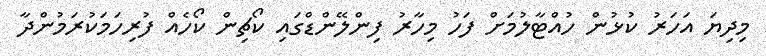
މިދިޔަ އަހަރު ކުޅުން ހުއްޓާލުމަށް ފަހު މިހާރު ފިންލޭންޑްގައި ކޯޗިން ކޯހެއް ފުރިހަމަކުރަމުންދާ